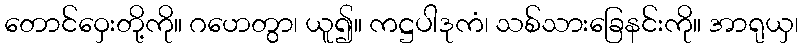
တောင်ဝှေးတို့ကို။ ဂဟေတွာ၊ ယူ၍။ ကဋ္ဌပါဒုကံ၊ သစ်သားခြေနင်းကို။ အာရုယှ၊